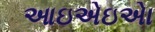
આઇએઇએા